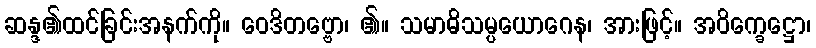
ဆန္ဒ၏ထင်ခြင်းအနက်ကို။ ဝေဒိတဗ္ဗော၊ ၏။ သမာဓိသမ္ပယောဂေန၊ အားဖြင့်။ အဝိက္ခေဋ္ဌော၊